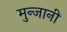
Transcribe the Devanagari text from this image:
मुन्जानी